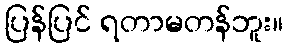
ပြန်ပြင် ရတာမတန်ဘူး။